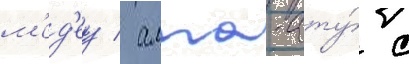
м'ед'еу / алма-ату́ с